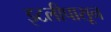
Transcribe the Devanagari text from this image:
इटलीपासून